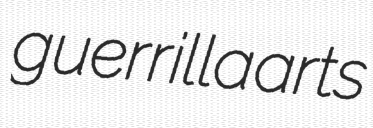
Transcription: guerrilla arts